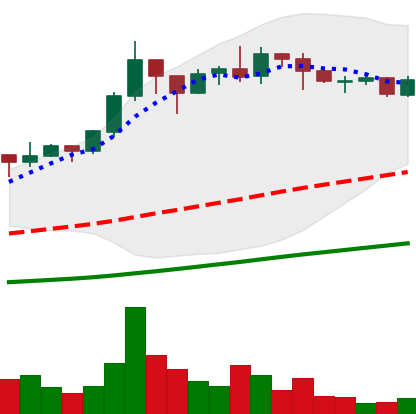
Ticker: ADA-USD
Chart end date: 2020-07-21
Forward return: 20.447%
Label: up_7plus